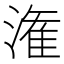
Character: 潅